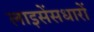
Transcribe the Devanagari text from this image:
लाइसेंसधारों